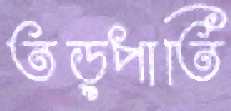
তড়্‌পাতি